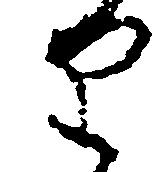
り